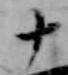
十